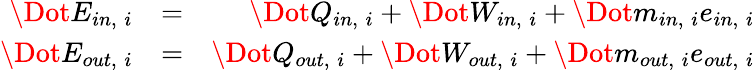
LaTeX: \begin{array}{rlr}{\Dot{E}_{in,\; i}}&{=}&{\Dot{Q}_{in,\; i}+\Dot{W}_{in,\; i}+\Dot{m}_{in,\; i}e_{in,\; i}}\\ {\Dot{E}_{out,\; i}}&{=}&{\Dot{Q}_{out,\; i}+\Dot{W}_{out,\; i}+\Dot{m}_{out,\; i}e_{out,\; i}}\end{array}